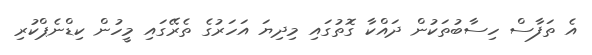
އެ ތަފާސް ހިސާބުތަކުން ދައްކާ ގޮތުގައި މިދިޔަ އަހަރުގެ ތެރޭގައި މީހުން ކިޑްނެޕްކުރި